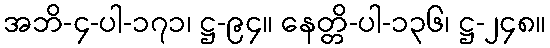
အဘိ-၄-ပါ-၁၇၁၊ ဋ္ဌ-၉၄။ နေတ္တိ-ပါ-၁၃၆၊ ဋ္ဌ-၂၄၈။